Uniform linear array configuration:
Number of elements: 12
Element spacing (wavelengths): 0.75
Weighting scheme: binomial
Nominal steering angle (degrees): -15
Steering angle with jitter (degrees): -14.102
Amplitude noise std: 0.05
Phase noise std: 0.05

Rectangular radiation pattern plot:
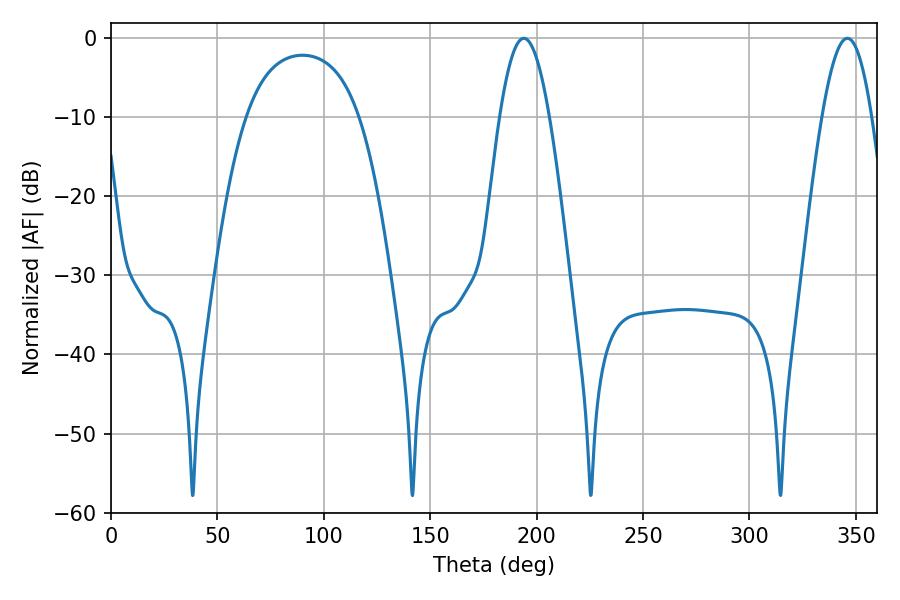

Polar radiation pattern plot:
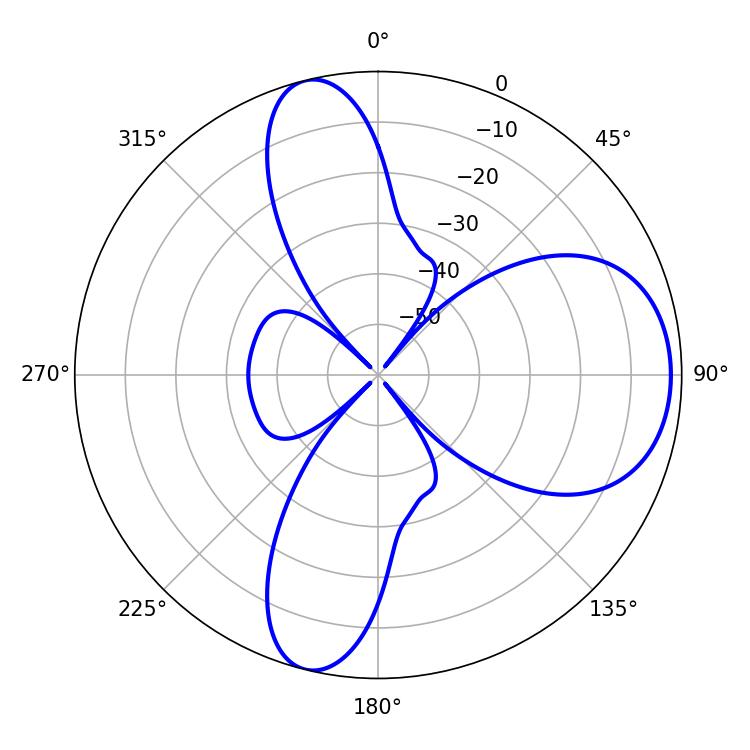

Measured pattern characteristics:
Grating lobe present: TRUE
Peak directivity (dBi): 8.785
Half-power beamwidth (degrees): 12.6
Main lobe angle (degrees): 194.04